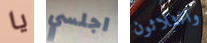
يا اجلسي والثلاثون